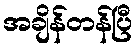
အချိန်တန်ပြီ